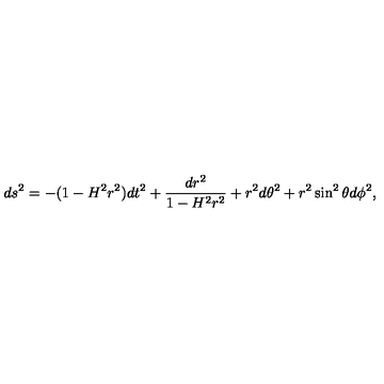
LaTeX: d s ^ { 2 } = - ( 1 - H ^ { 2 } r ^ { 2 } ) d t ^ { 2 } + \frac { d r ^ { 2 } } { 1 - H ^ { 2 } r ^ { 2 } } + r ^ { 2 } d \theta ^ { 2 } + r ^ { 2 } \sin ^ { 2 } \theta d \phi ^ { 2 } ,